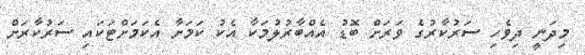
މިދަނީ ދިވެހި ސަރުކާރުގެ ވަރަށް ބޮޑު އެއްބާރުލުމަކާ އެކު ކަމަށާ އެކަމަށްޓަކައި ސަރުކާރަށް